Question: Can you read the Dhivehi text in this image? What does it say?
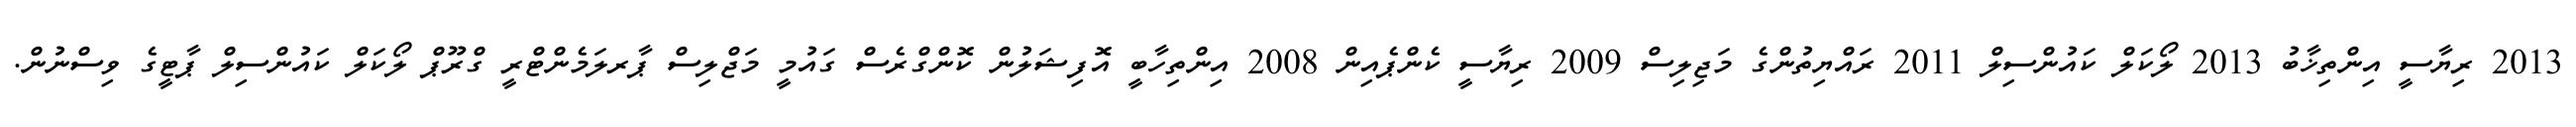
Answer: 2013 ރިޔާސީ އިންތިޚާބު 2013 ލޯކަލް ކައުންސިލް 2011 ރައްޔިތުންގެ މަޖިލިސް 2009 ރިޔާސީ ކެންޕެއިން 2008 އިންތިހާބީ އޮފިޝަލުން ކޮންގްރެސް ގައުމީ މަޖްލިސް ޕާރލަމެންޓްރީ ގްރޫޕް ލޯކަލް ކައުންސިލް ޕާޓީގެ ވިސްނުން.